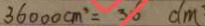
3 6 0 0 0 c m ^ { 3 } = 3 6 d m